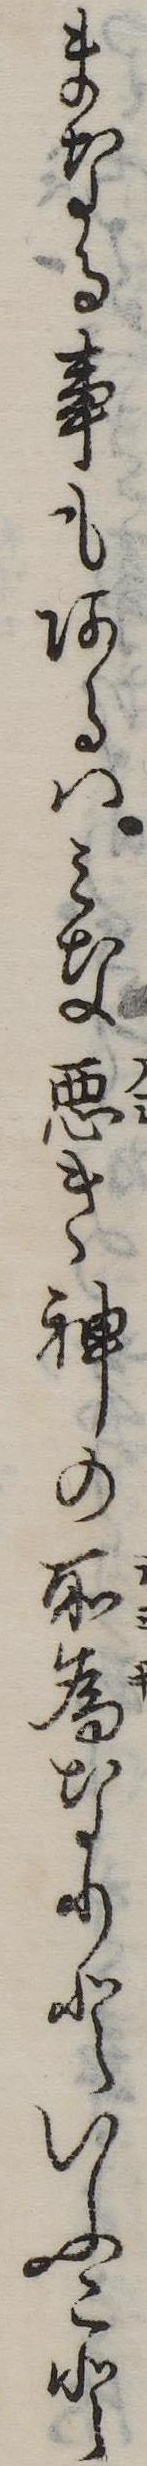
まなる事もあるはみな悪き神の所為なりといふこと